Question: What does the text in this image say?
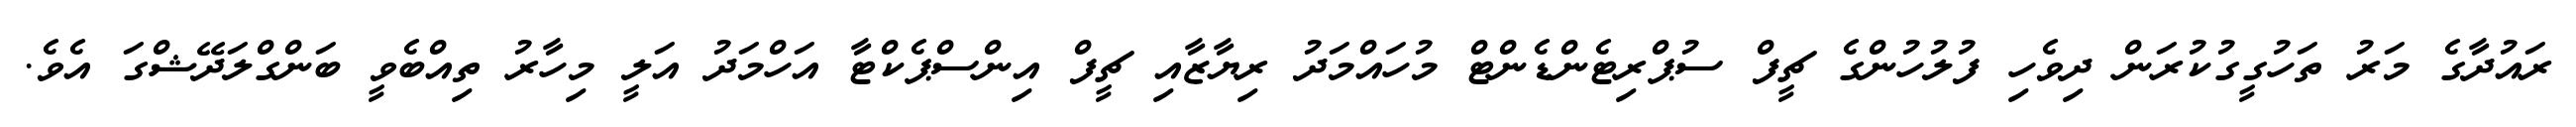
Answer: ރައުދާގެ މަރު ތަހުގީގުކުރަން ދިވެހި ފުލުހުންގެ ޗީފް ސުޕްރިޓެންޑެންޓް މުހައްމަދު ރިޔާޒާއި ޗީފް އިންސްޕެކްޓާ އަހްމަދު އަލީ މިހާރު ތިއްބެވީ ބަންގްލަދޭޝްގަ އެވެ.